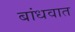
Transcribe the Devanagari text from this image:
बांधवात